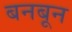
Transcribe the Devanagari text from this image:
बनबून